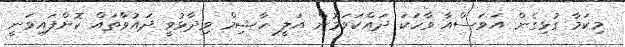
މިކަމާ ގުޅިގެން އަވަސްއާ ވާހަކަ ދައްކަވަމުން އަލީ ހާޝިމް ވިދާޅުވީ ދައުވާތައް ކޮށްފައިވަނީ